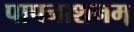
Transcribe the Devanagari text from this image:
पापनाशनम्